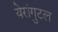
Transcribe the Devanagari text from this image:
येरांगुटल